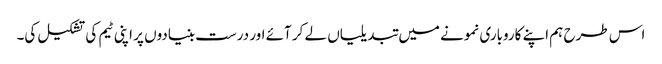
اس طرح ہم اپنے کاروباری نمونے میں تبدیلیاں لے کر آئے اور درست بنیادوں پر اپنی ٹیم کی تشکیل کی۔